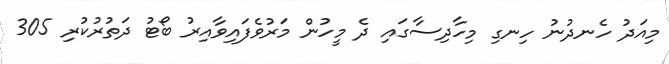
މިއަދު ހެނދުނު ހިނގި މިހާދިސާގައި ދެ މީހުން މަރުވެފައިވާއިރު ބޯޓު ދަތުރުކުރި 305